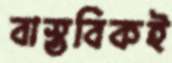
বাস্তবিকই